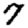
Digit: 7